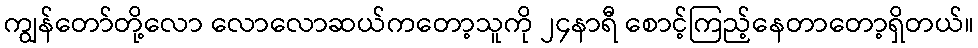
ကျွန်တော်တို့လော လောလောဆယ်ကတော့သူကို ၂၄နာရီ စောင့်ကြည့်နေတာတော့ရှိတယ်။